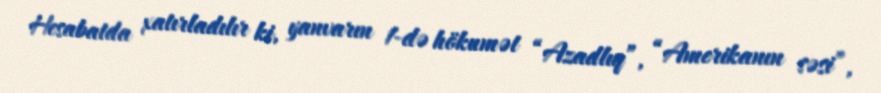
Hesabatda xatırladılır ki, yanvarın 1-də hökumət “Azadlıq”, “Amerikanın səsi”,